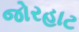
જોરહાટ